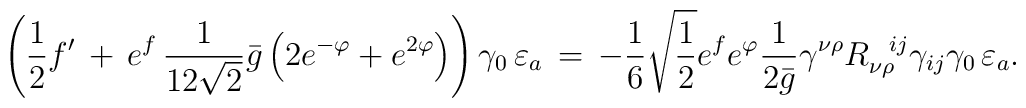
\left(\frac{1}{2}f^{\prime}\,+\, e^f\,\frac{1}{12\sqrt{2}}\bar{g}\left(2e^{-\varphi}+e^{2\varphi}\right)\right)\gamma_0\,\varepsilon_a \,=\,-\frac{1}{6} \sqrt{\frac{1}{2}}e^fe^{\varphi}\frac{1}{2\bar{g}}\gamma^{\nu \rho}R_{\nu \rho}^{\;\;\;ij}\gamma_{ij}\gamma_0\,\varepsilon_a.